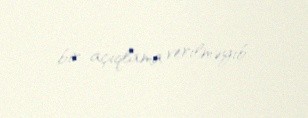
bir açıqlama verilməyib.